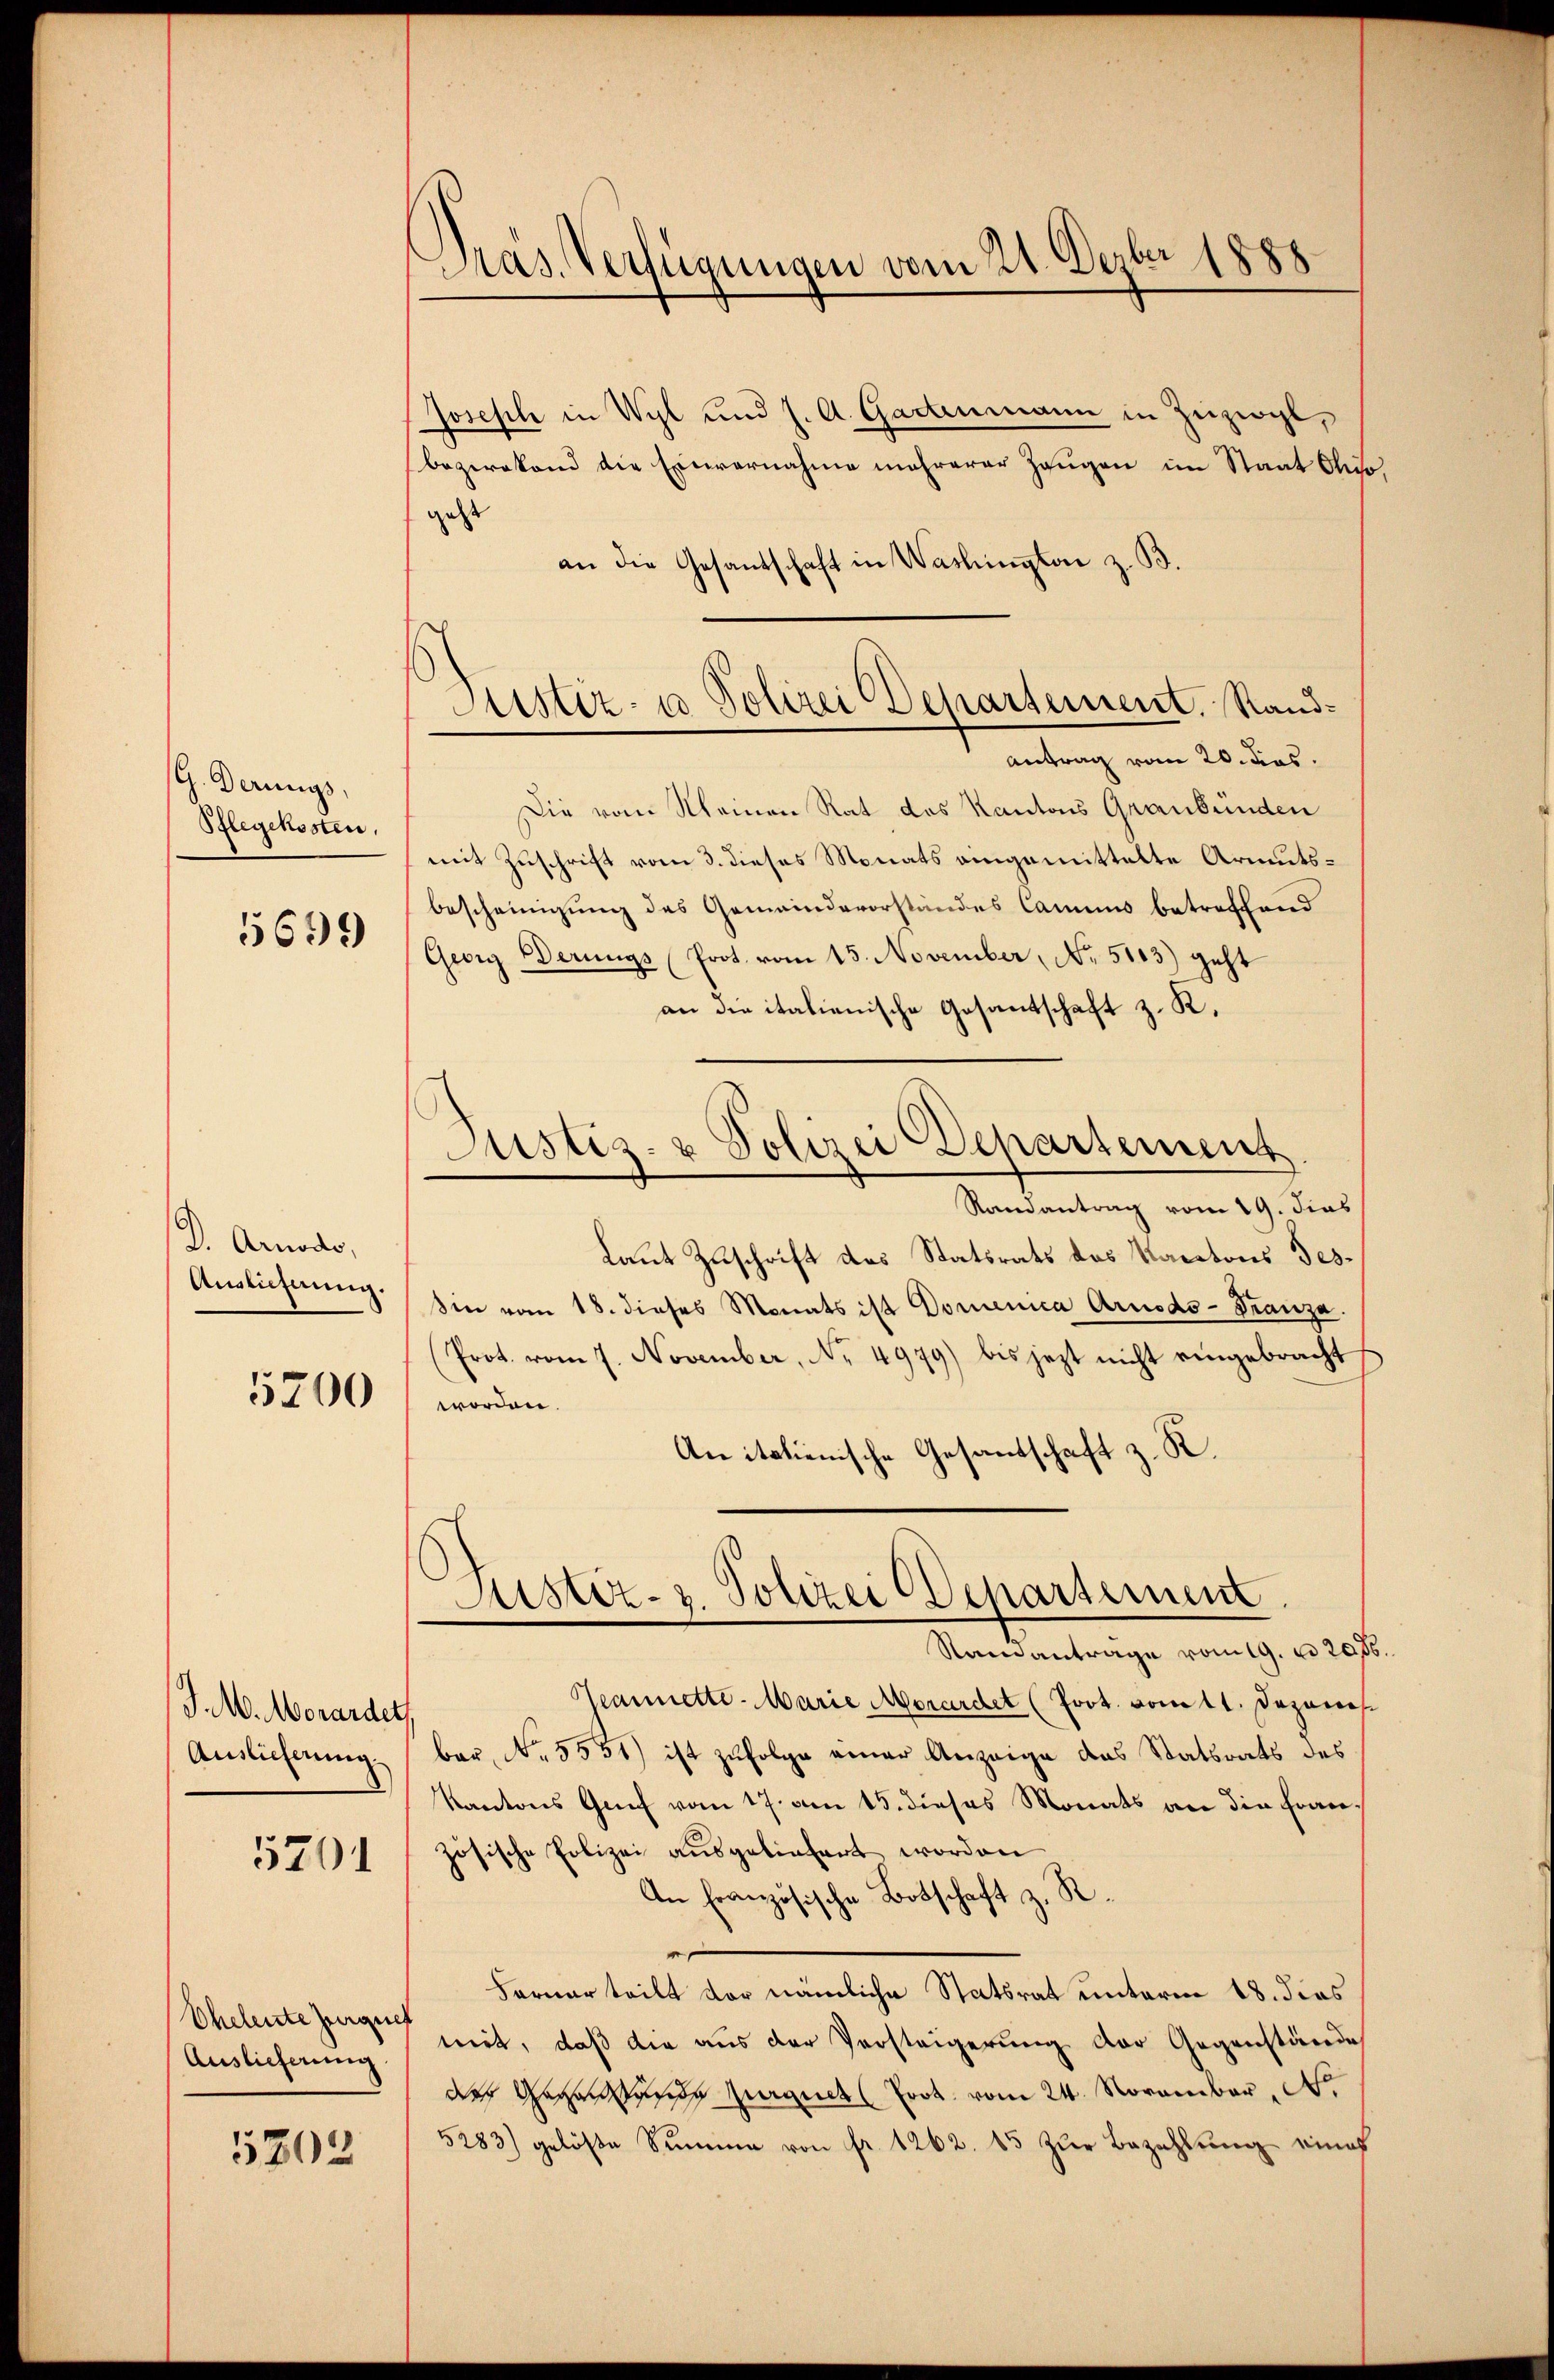
G. Derungs,
Pflegekosten.

5699

Dr. Arnodo,
Auslicherung.
5700

J.M. Morardet
Auslieferung

5701

Oheleute zerquet
Auslieferung

5202

Pras. Verfügungen vom 21. Dezbr 1888

Joseph in Wyl und J. A. Gartenmann in Zuzwyl,
bezirkend die Einvernahme mehrerer Zeugen im Staat Ohio
geht
an die Gesantschaft in Washington z. B.
Die vom Meinen Rat des Kantons Graubünden
mit Zuschrift vom 3. dieses Monats eingemittelte Armutsbescheinigung des Gemeindevorstandes Cammes betreffend
Georg Derungs (Prot. vom 15. November, No. 5103) geht
an die italienische Gesantschaft z. K.
Randantrag vom 19. dies
Laut Zuschrift des Statsrats des Kantons Gessin vom 18. dieses Monats ist Domenica Arnods-Franza.
(Prot. vom 7. November, No. 4979) bis jezt nicht eingebracht
worden.
An italienische Gesandschaft z. R.
Justiz- & Polizei (Departement
Samantrage vom 19. d. 20
Geannette - Marie Morardet (Prot. vom 11. Dezanes
ber, No. 5551) ist zufolge einer Anzeige das Statsrats des
Kantons Genf vom 17. am 15. dieses Monats an die Französische Polizei ausgeliefert worden
An Französische Botschaft z. R.
Fernerteilt vor nämliche Statsrat unterm 18. dies
mit, daß die aus der Versteigerung der Gegenstände
des Gegen das Zurquch Prot. vom 24. November, No.
5283) gelöste Summe von fr. 1262. 15 zur Bezahlung eines

Puster- u Polizei Departement, Rand¬
Antrag vom 20. dies

Justiz- & Polizei Departement